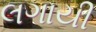
લગાયી